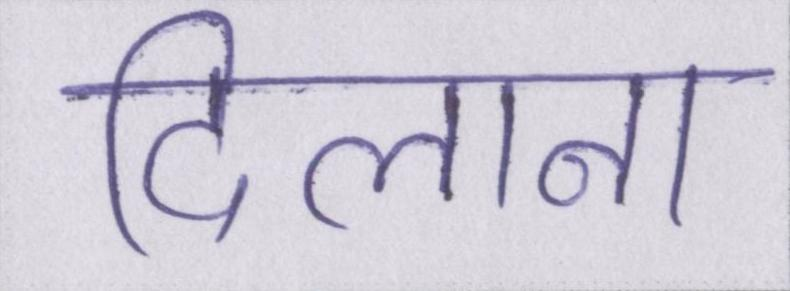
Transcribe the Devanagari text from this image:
दिलाना